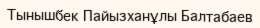
Тынышбек Пайызханұлы Балтабаев